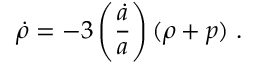
\dot { \rho } = - 3 \left( { \frac { \dot { a } } { a } } \right) ( \rho + p ) \; .